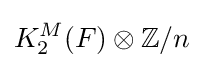
K_{2}^{M}(F)\otimes \mathbb {Z} /n